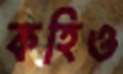
কহিও